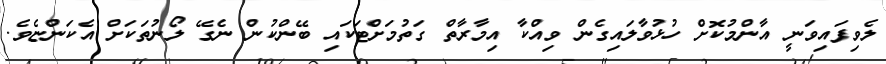
ލެވިފައިވަނީ އާންމުކޮށް ހުޅުވާލައިގެން ވިއްކާ އިމާރާތް ގަތުމަށްޓަކައި ބޭންކުން ނެގޭ ލޯނުތަކަށް އެކަންޏެވެ.